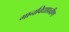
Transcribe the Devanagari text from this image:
गानविद्याप्रवीण